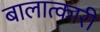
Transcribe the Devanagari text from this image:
बालात्कारी